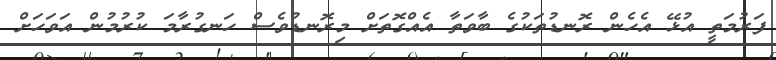
ފަރުމަތީ އުޅޭ އެހެން ރޮނޑުތަކުގެ ބާވަތާ އެއްގޮތަށް މިރޮނޑުވެސް ހަނގުރާމަ ކުރުމުން އަވަހަށް